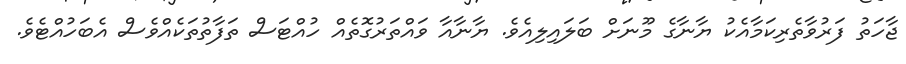
ޖާހަތު ފަރުވާތެރިކަމާއެކު ޔާނާގެ މޫނަށް ބަލައިލިއެވެ. ޔާނާއާ ވައްތަރުގޮތެއް ހުއްޓަސް ތަފާތުތަކެއްވެސް އެބަހުއްޓެވެ.